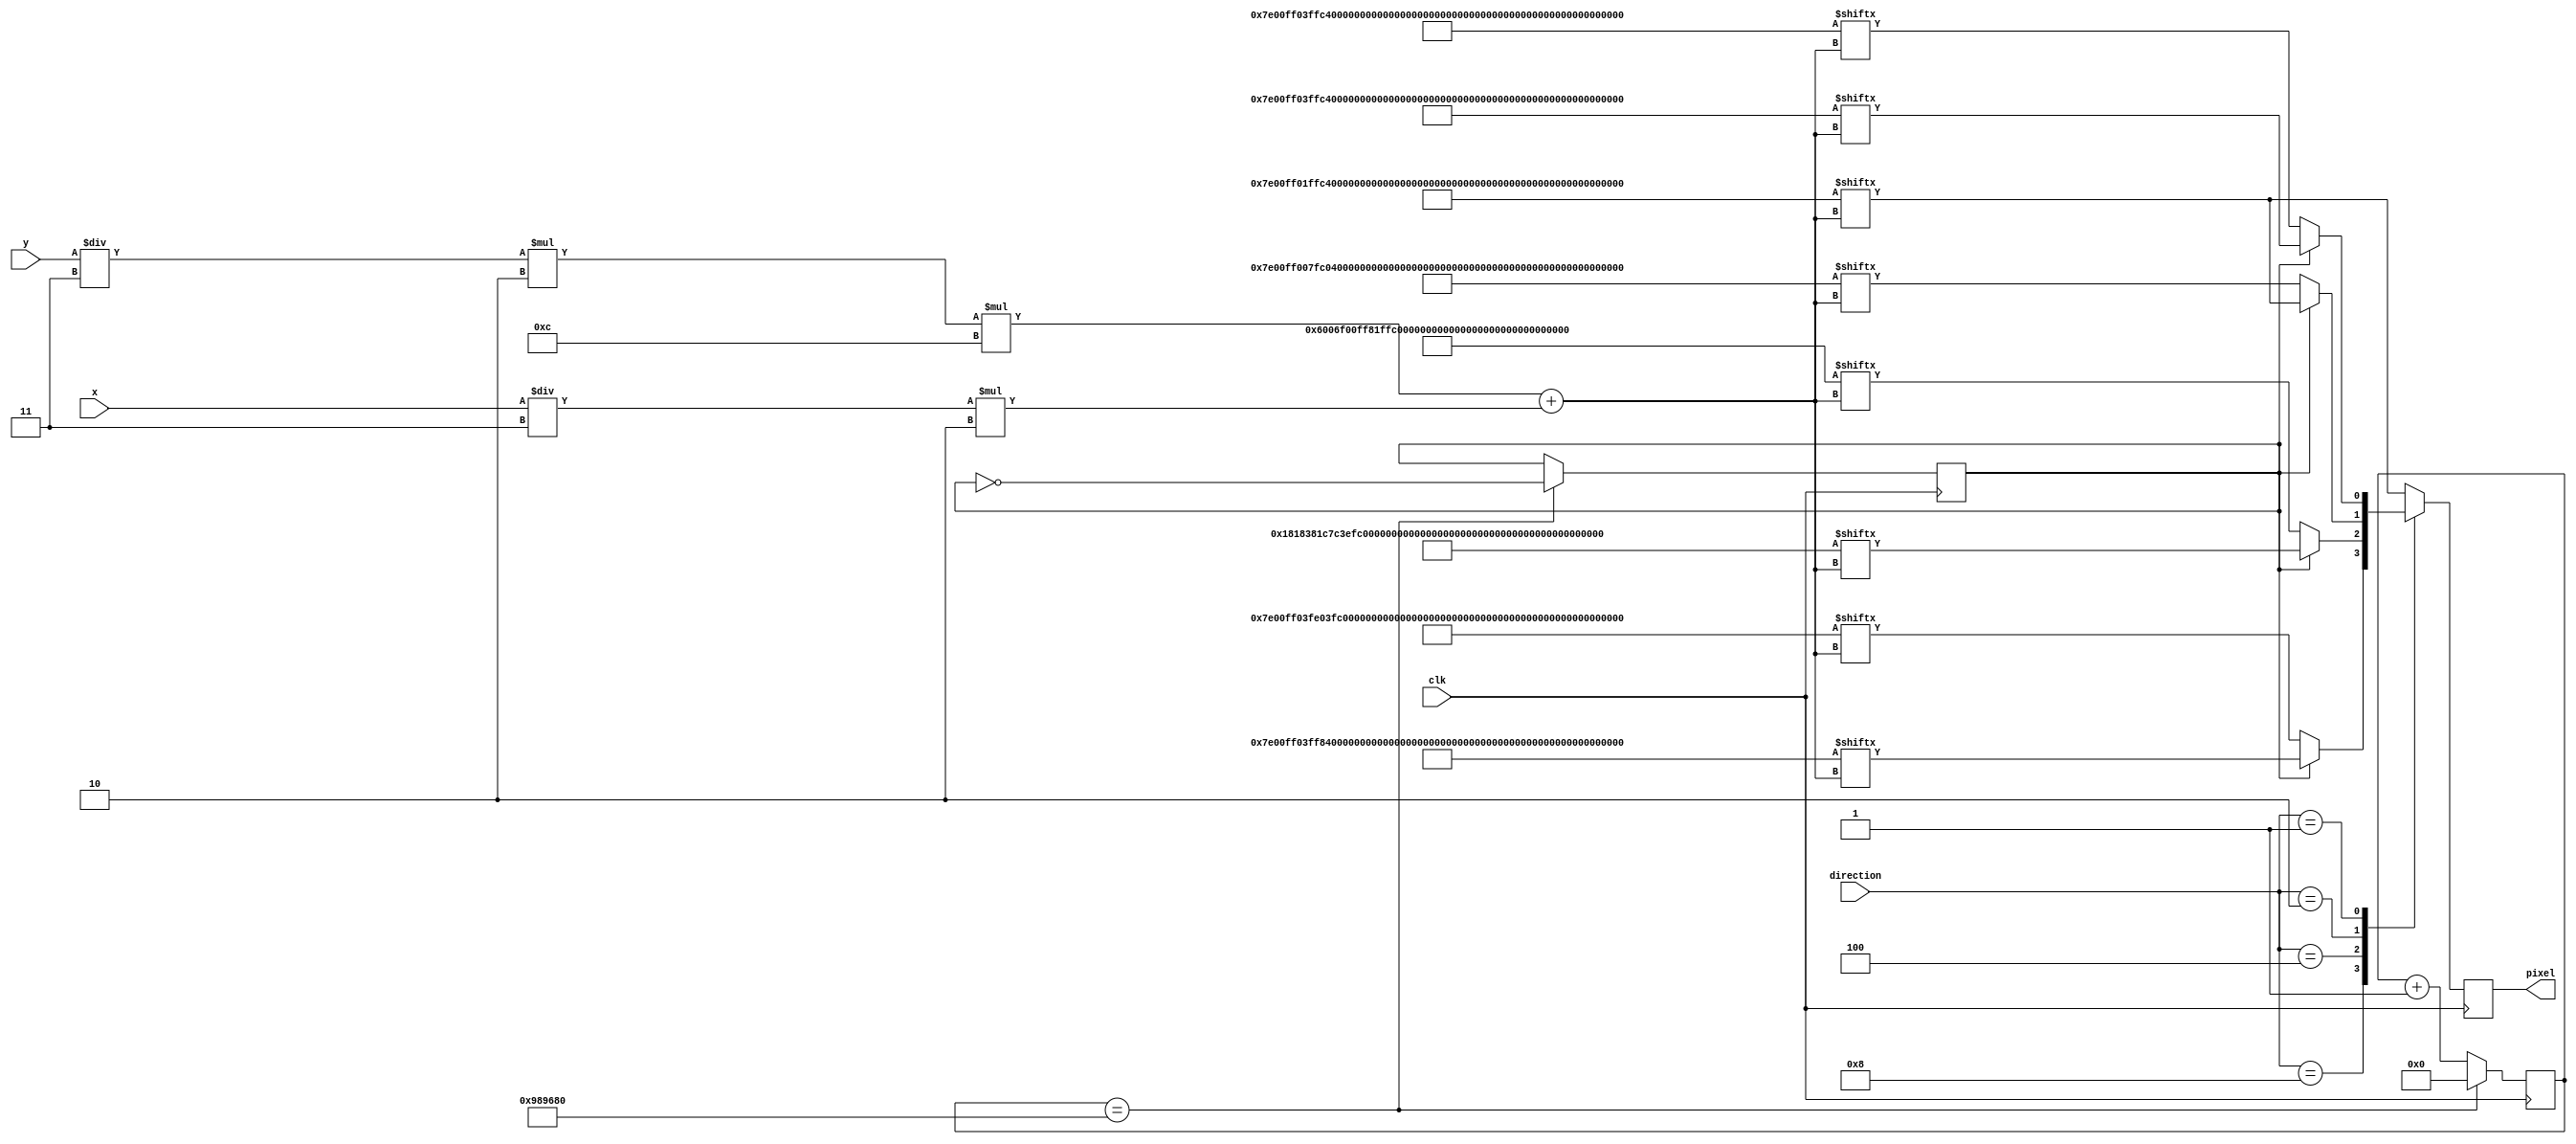
module pac_ROM(
    clk,
    x,
    y,
    direction,
    pixel
);

input clk;
input [4:0] x,y;
input [3:0] direction;

output reg pixel;

reg [23: 0] counter;
reg flag;


localparam L = 4'b1000;
localparam U = 4'b0100;
localparam R = 4'b0010;
localparam D = 4'b0001;



    localparam PAC_RIGHT = {
        16'b0000011111100000,
        16'b0000111111110000,
        16'b0001111111111100,
        16'b0011111111111100,
        16'b0011111111111110,
        16'b0000111111111110,
        16'b0000000111111111,
        16'b0000000000111111,
        16'b0000000000111111,
        16'b0000000111111111,
        16'b0000111111111110,
        16'b0011111111111110,
        16'b0011111111111100,
        16'b0001111111111100,
        16'b0000111111110000,
        16'b0000001111000000
        };

        localparam PAC_RIGHT_WIDE = {
            16'b0000011111100000,
            16'b0000111111110000,
            16'b0000011111111100,
            16'b0000001111111100,
            16'b0000000111111110,
            16'b0000000011111110,
            16'b0000000001111111,
            16'b0000000000111111,
            16'b0000000000111111,
            16'b0000000001111111,
            16'b0000000011111110,
            16'b0000000111111110,
            16'b0000001111111100,
            16'b0000011111111100,
            16'b0000111111110000,
            16'b0000001111000000
        };

    localparam PAC_LEFT = {
        16'b0000011111100000,
        16'b0000111111110000,
        16'b0011111111111000,
        16'b0011111111111100,
        16'b0111111111111100,
        16'b1111111111110000,
        16'b1111111110000000,
        16'b1111110000000000,
        16'b1111110000000000,
        16'b1111111110000000,
        16'b1111111111110000,
        16'b0111111111111100,
        16'b0011111111111100,
        16'b0011111111111000,
        16'b0000111111110000,
        16'b0000001111000000
        };

        localparam PAC_LEFT_WIDE = {
            16'b0000011111100000,
            16'b0000111111110000,
            16'b0011111111100000,
            16'b0011111111000000,
            16'b0111111110000000,
            16'b1111111100000000,
            16'b1111111000000000,
            16'b1111110000000000,
            16'b1111110000000000,
            16'b1111111000000000,
            16'b1111111100000000,
            16'b0111111110000000,
            16'b0011111111000000,
            16'b0011111111100000,
            16'b0000111111110000,
            16'b0000001111000000
            };

            localparam PAC_UP = {
                16'b0000000000000000,
                16'b0000000000000000,
                16'b0001100000011000,
                16'b0011100000011100,
                16'b0111110000111110,
                16'b1111110000111110,
                16'b1111110000111111,
                16'b1111111001111111,
                16'b1111111001111111,
                16'b1111111001111111,
                16'b1111111111111110,
                16'b0111111111111110,
                16'b0011111111111100,
                16'b0011111111111100,
                16'b0000111111110000,
                16'b0000001111000000
                };

            localparam PAC_UP_WIDE = {

                16'b0000000000000000,
                16'b0000000000000000,
                16'b0000000000000000,
                16'b0000000000000000,
                16'b0000000000000000,
                16'b0110000000000110,
                16'b1111000000001111,
                16'b1111100000011111,
                16'b1111110000111111,
                16'b1111111001111111,
                16'b1111111111111110,
                16'b0111111111111110,
                16'b0011111111111100,
                16'b0011111111111100,
                16'b0000111111110000,
                16'b0000001111000000
                };

            localparam PAC_DOWN = {

                16'b0000011111100000,
                16'b0000111111110000,
                16'b0011111111111100,
                16'b0011111111111100,
                16'b0111111111111110,
                16'b1111111111111110,
                16'b1111111001111111,
                16'b1111111001111111,
                16'b1111111001111111,
                16'b1111110000111111,
                16'b1111110000111110,
                16'b0111110000111110,
                16'b0011100000011100,
                16'b0001100000011000,
                16'b0000000000000000,
                16'b0000000000000000
                };

                localparam PAC_DOWN_WIDE = {

                    16'b0000011111100000,
                    16'b0000111111110000,
                    16'b0011111111111100,
                    16'b0011111111111100,
                    16'b0111111111111110,
                    16'b1111111111111110,
                    16'b1111111001111111,
                    16'b1111110000111111,
                    16'b1111100000011111,
                    16'b1111000000001111,
                    16'b0110000000000110,
                    16'b0000000000000000,
                    16'b0000000000000000,
                    16'b0000000000000000,
                    16'b0000000000000000,
                    16'b0000000000000000
                    };


    initial begin
        counter = 0;
        flag = 0;
    end

    always @(posedge clk)
    begin
        if (counter == 10000000)
        begin
            counter <= 0;
            flag <= ~flag;
        end
        else
            counter <= counter + 1;
    end

    always @(posedge clk)
    begin
        case (direction)
            L:
            begin
                if (flag)
                    pixel <= PAC_LEFT[(y / 3) * 2 * 12 + (x / 3) * 2];
                else
                    pixel <= PAC_LEFT_WIDE[(y/3) * 2 * 12 + (x/ 3) * 2];
            end
            U:
            begin
                if (flag)
                    pixel <= PAC_UP[(y / 3) * 2 * 12 + (x / 3) * 2];
                else
                    pixel <= PAC_UP_WIDE[(y/3) * 2 * 12 + (x/3) * 2];
            end
            R:
            begin
                if (flag)
                    pixel <= PAC_RIGHT[(y / 3) * 2 * 12 + (x / 3) * 2];
                else
                    pixel <= PAC_RIGHT_WIDE[(y / 3) * 2 * 12 + (x / 3) * 2];
            end
            D:
            begin
                if (flag)
                    pixel <= PAC_DOWN[(y / 3) * 2 * 12 + (x / 3) * 2];
                else
                    pixel <= PAC_DOWN_WIDE[(y / 3) * 2 * 12 + ( x / 3) * 2];
            end
            default: 
            begin
                pixel <= PAC_RIGHT[(y/3) * 2 * 12 + (x/3) * 2];
            end
        endcase
    end

endmodule